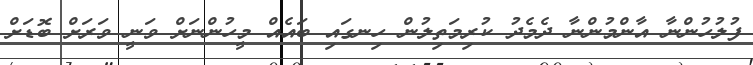
ފުލުހުންނާ އާންމުންނާ ދެމެދު ކުރިމަތިލުން ހިނގައި ބައެއް މީހުންނަށް ވަނީ ވަރަށް ބޮޑަށް